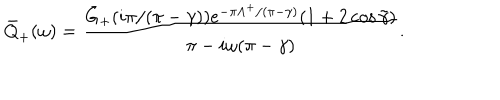
\bar { Q } _ { + } ( \omega ) = \frac { \bar { G } _ { + } ( i \pi / ( \pi - \gamma ) ) e ^ { - \pi \Lambda ^ { + } / ( \pi - \gamma ) } ( 1 + 2 \cos \tilde { \gamma } ) } { \pi - i \omega ( \pi - \gamma ) } .